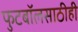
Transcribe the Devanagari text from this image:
फुटबॉलसाठीही